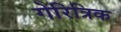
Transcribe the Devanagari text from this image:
गेरित्रिक